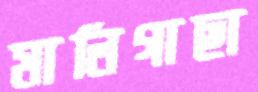
মালিগাছা